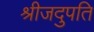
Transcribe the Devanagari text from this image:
श्रीजदुपति